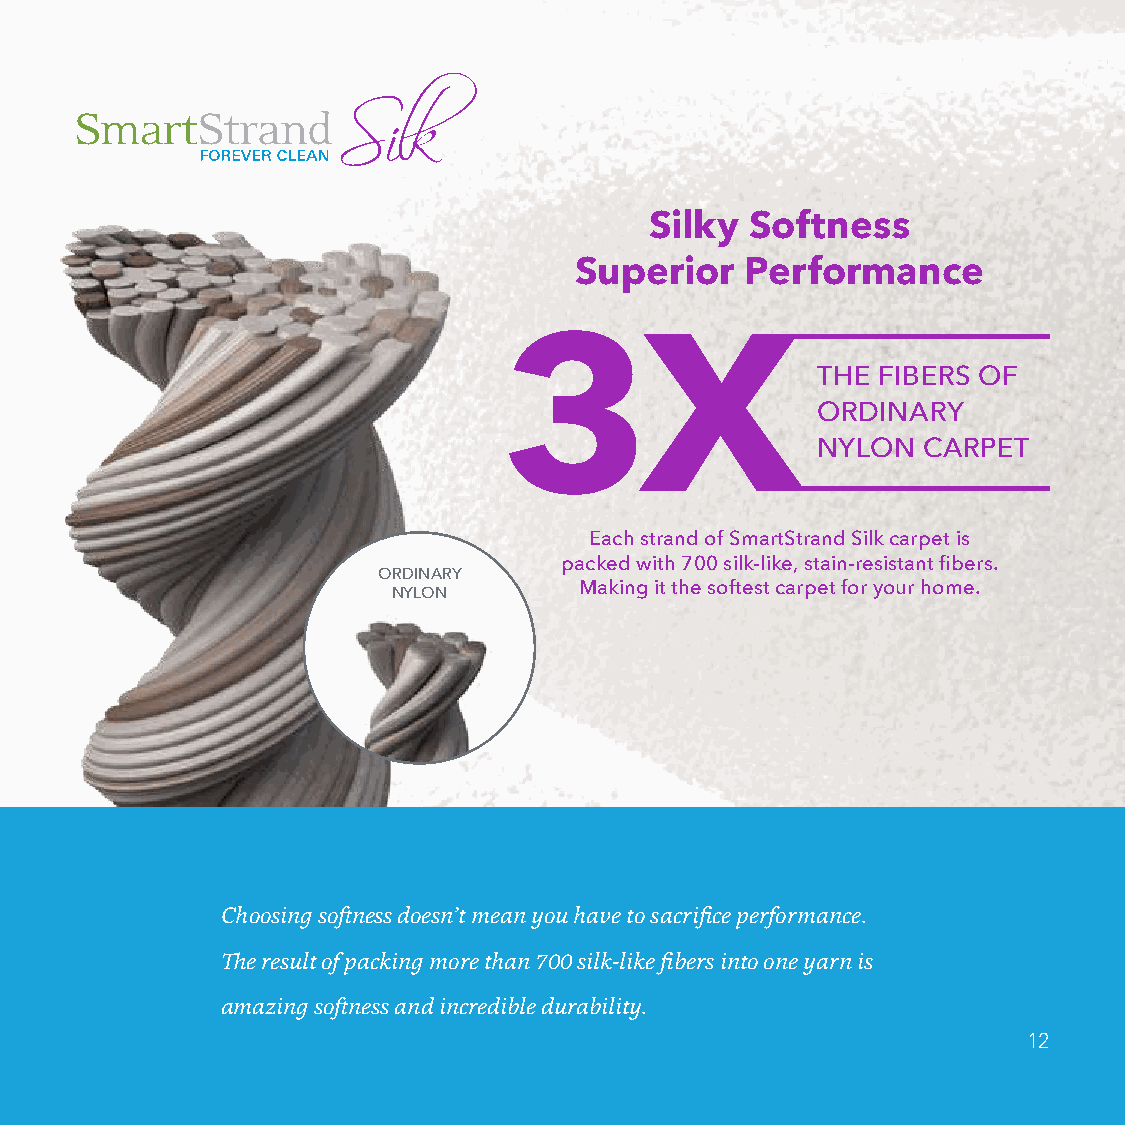
Silky  Softness
 Superior   Performance
 THE FIBERS OF
 ORDINARY
 NYLON  CARPET
 Each strand of SmartStrand Silk carpet is
 packed with 700 silk-like, stain-resistant fibers.
 ORDINARY
 Making it the softest carpet for your home.
 NYLON
 Choosing softness doesn’t mean you have to sacrifice performance.
 The result of packing more than 700 silk-like fibers into one yarn is
 amazing softness and incredible durability.
 12